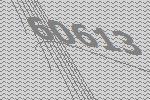
60613